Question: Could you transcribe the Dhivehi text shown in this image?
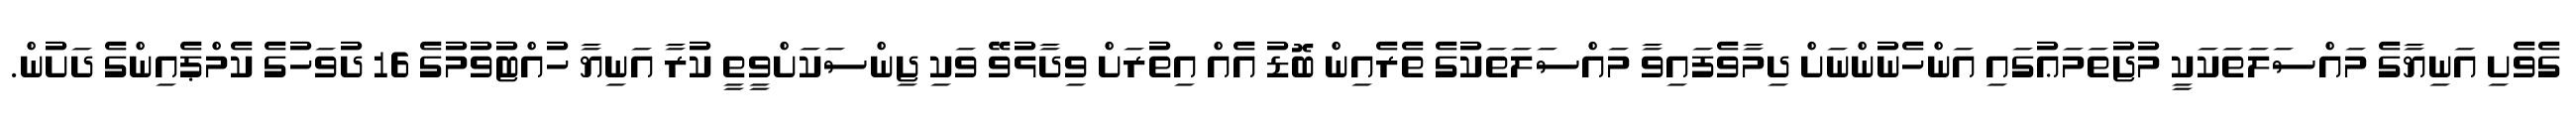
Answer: ގެވެށި އަނިޔާގެ މައްސަލަތަކަކީ މުޖުތަމަޢުގައި އަންހެނުންނަށް ދިމާވެފައިވާ މައްސަލަތަކުގެ ތެރެއިން ބޮޑު އެއް އިތުރަށް ވިދާޅުވޭ ވަކި ޖިންސަކަށްވީތީ ކުރާ އަނިޔާ ހުއްޓުވުމުގެ 16 ދުވަހުގެ ކެމްޕެއިންގެ ދަށުން.